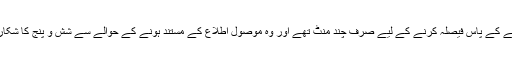
اسٹینسلے کے پاس فیصلہ کرنے کے لیے صرف چند منٹ تھے اور وہ موصول اطلاع کے مستند ہونے کے حوالے سے شش و پنج کا شکار تھے۔